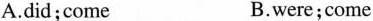
A.did;come B.were;come